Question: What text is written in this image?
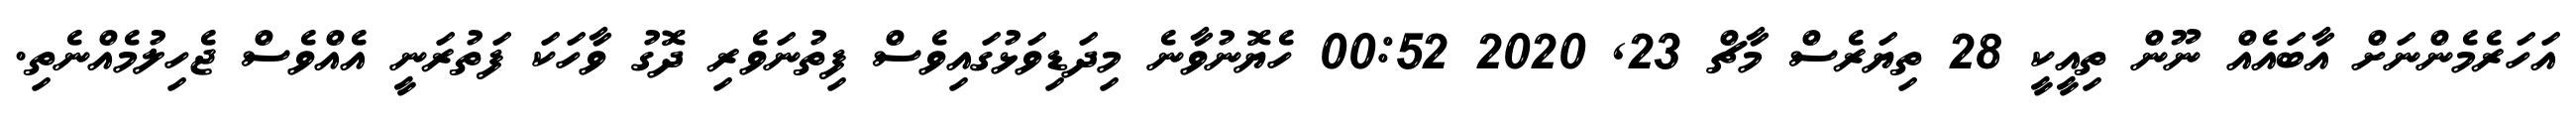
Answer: އަހަރެމެންނަށް އާބައެއް ނޫން ތިއީކީ 28 ތިޔަރެސް މާޗް 23, 2020 00:52 ހެޔޮނުވާނެ މިދަޑިވަޅުގައިވެސް ފިތުނަވެރި ދޮގު ވާހަކަ ފަތުރަނީ އެއްވެސް ޖެހިލުމެއްނެތި.